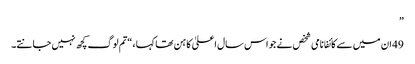
”
49 ان میں سے کائفا نامی شخص نے جو اس سال اعلیٰ کاہن تھا کہا ، “تم لوگ کچھ نہیں جانتے۔